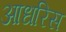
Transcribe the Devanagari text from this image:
आधरिस